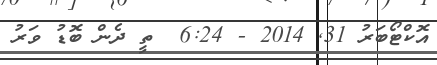
އޮކްޓޯބަރު 31